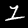
Digit: 1